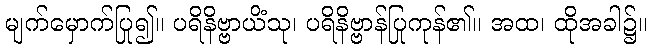
မျက်မှောက်ပြု၍။ ပရိနိဗ္ဗာယိံသု၊ ပရိနိဗ္ဗာန်ပြုကုန်၏။ အထ၊ ထိုအခါ၌။